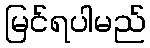
မြင်ရပါမည်